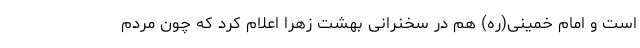
است و امام خمینی(ره) هم در سخنرانی بهشت زهرا اعلام کرد که چون مردم